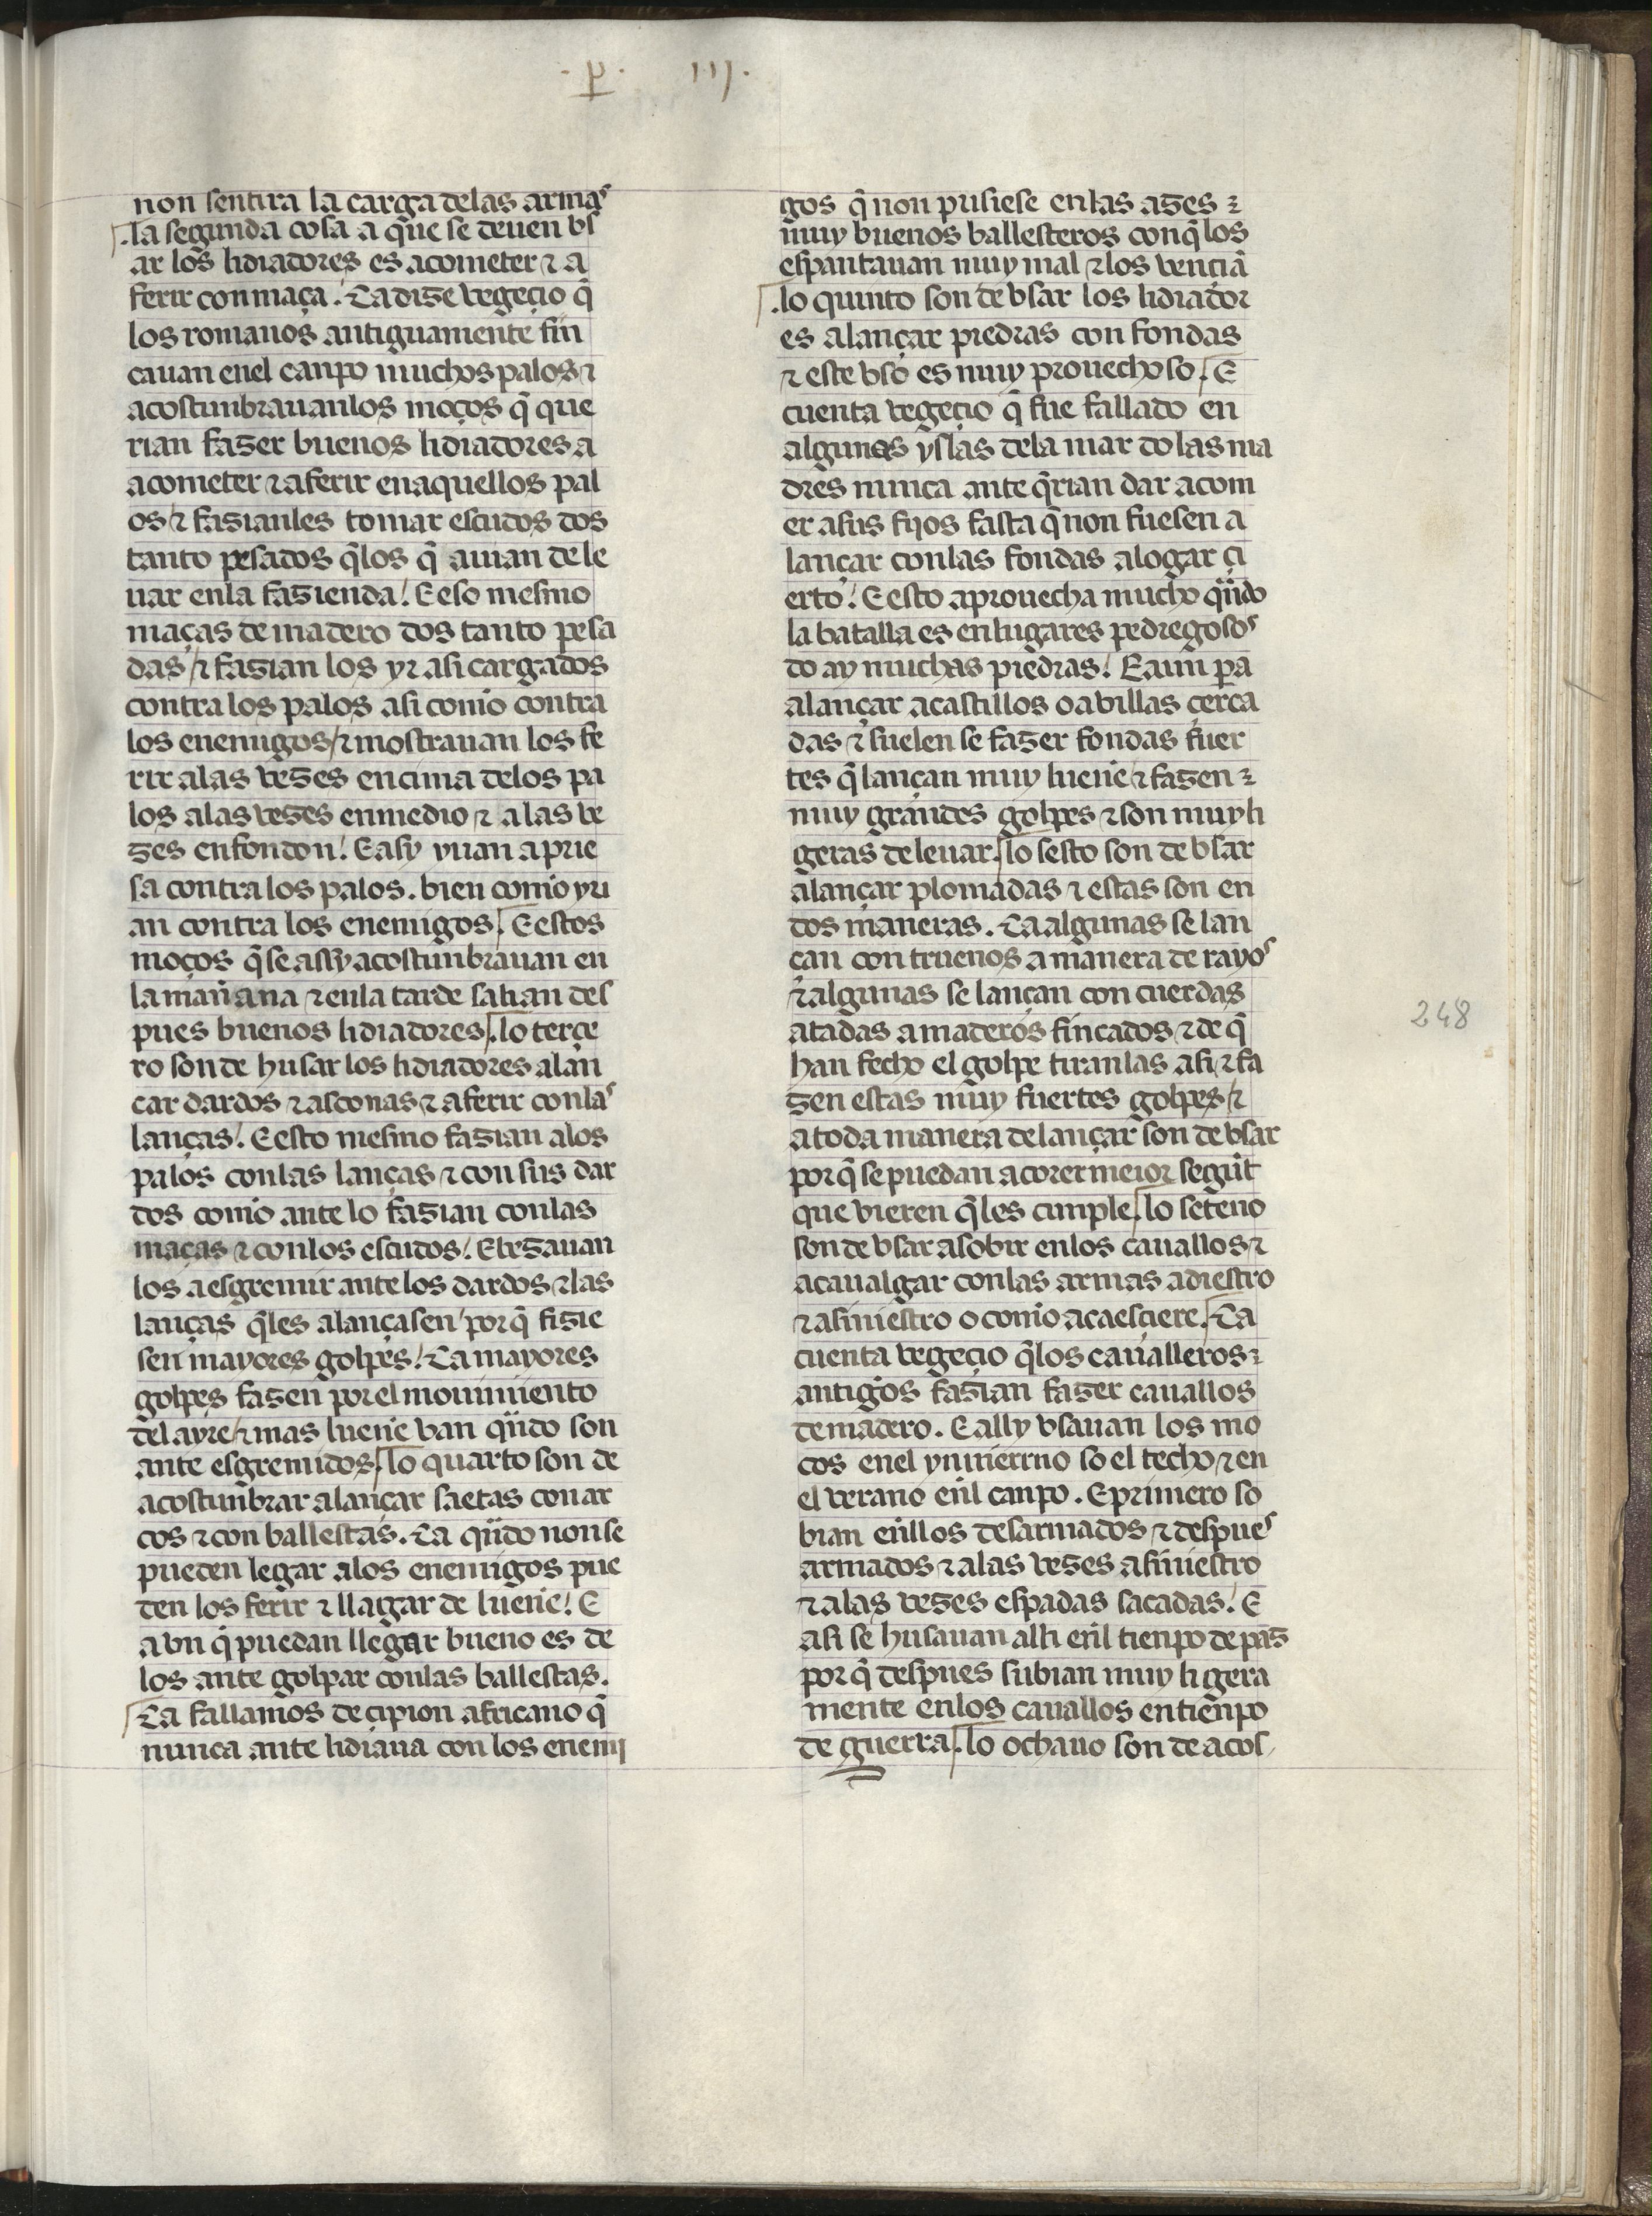
Shelfmark: Madrid, Fundación Lázaro Galdiano, mss 289
Century: 15